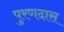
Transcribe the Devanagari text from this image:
पुरणदास